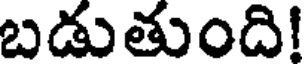
బడుతుంది!